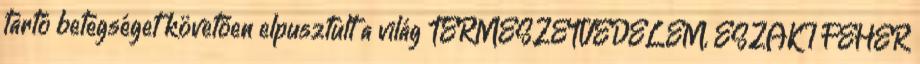
tartó betegséget követően elpusztult a világ TERMÉSZETVÉDELEM, ÉSZAKI FEHÉR